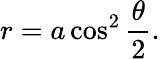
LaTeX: r=a\cos^{2}{\frac{\theta}{2}}.